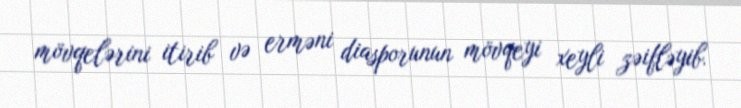
mövqelərini itirib və erməni diasporunun mövqeyi xeyli zəifləyib.